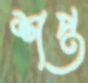
শপ্ত